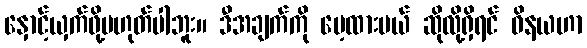
နှောင့်ယှက်ဖို့မဟုတ်ပါဘူး။ ဒီအချက်ကို မေ့ထားမယ် ဆိုလို့ရှိရင် ဝိနယဟာ